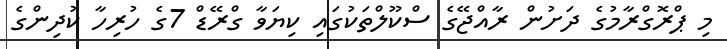
މި ޕްރޮގްރާމުގެ ދަށުން ރާއްޖޭގެ ސްކޫލްތަކުގައި ކިޔަވާ ގްރޭޑް 7ގެ ހުރިހާ ކުދިންގެ